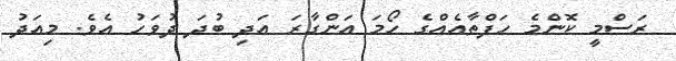
ރަސްމީ ކޮންމެ ހަފްތާއެއްގެ ހޯމަ އަންގާރަ އަދި ބުދަ ދުވަހު އެވެ. މިއަދު